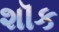
શૉક